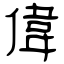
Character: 偉